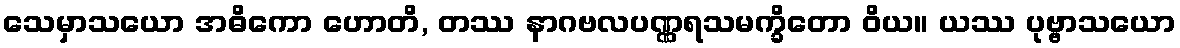
သေမှာသယော အဓိကော ဟောတိ, တဿ နာဂဗလပဏ္ဏရသမက္ခိတော ဝိယ။ ယဿ ပုဗ္ဗာသယော